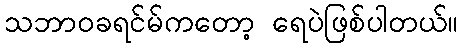
သဘာဝခရင်မ်ကတော့ ရေပဲဖြစ်ပါတယ်။